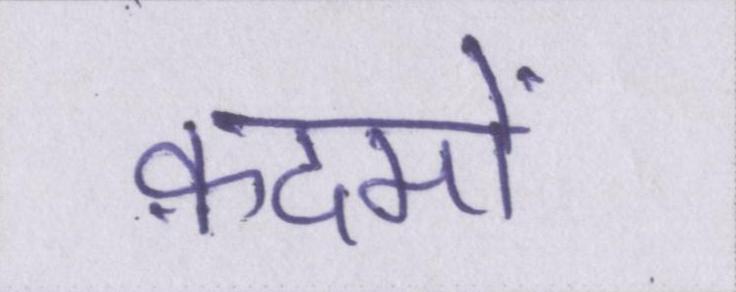
क़दमों